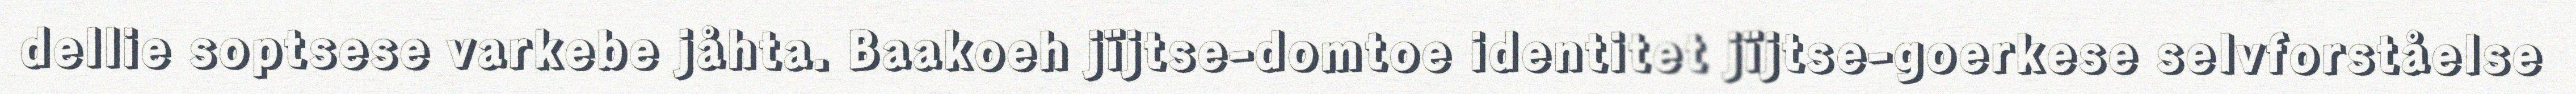
dellie soptsese varkebe jåhta. Baakoeh jïjtse-domtoe identitet jïjtse-goerkese selvforståelse